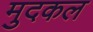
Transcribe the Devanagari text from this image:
मुदकल